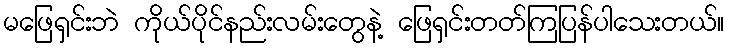
မဖြေရှင်းဘဲ ကိုယ်ပိုင်နည်းလမ်းတွေနဲ့ ဖြေရှင်းတတ်ကြပြန်ပါသေးတယ်။